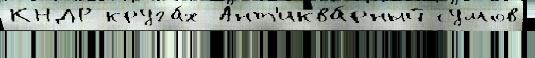
КНДР круга́х Ант'иква́рный сумов